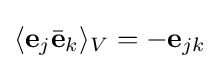
\langle \mathbf {e} _{j}{\bar {\mathbf {e} }}_{k}\rangle _{V}=-\mathbf {e} _{jk}